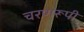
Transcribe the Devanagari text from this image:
चरणरूपी